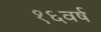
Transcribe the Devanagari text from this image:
१६वर्ष